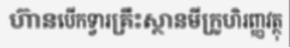
ហ៊ានបើកទ្វារគ្រឹះស្ថានមីក្រូហិរញ្ញវត្ថុ